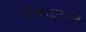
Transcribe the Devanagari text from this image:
पौर्वात्यांचे